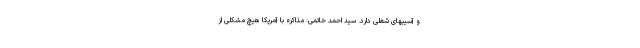
و آسیبهای شغلی دارد. سید احمد خاتمی: مذاکره با آمریکا هیچ مشکلی از